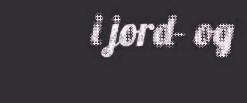
i jord- og